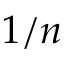
1 / n